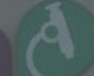
A